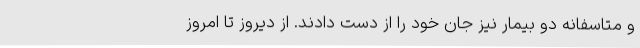
و متاسفانه دو بیمار نیز جان خود را از دست دادند. از دیروز تا امروز